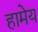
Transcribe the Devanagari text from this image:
हामेय